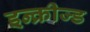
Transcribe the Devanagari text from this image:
इन्क्रीज्ड